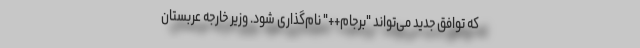
که توافق جدید می‌تواند "برجام++" نام‌گذاری شود. وزیر خارجه عربستان